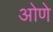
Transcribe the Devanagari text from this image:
ओणे